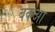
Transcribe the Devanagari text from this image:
बकआ